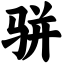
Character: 骈